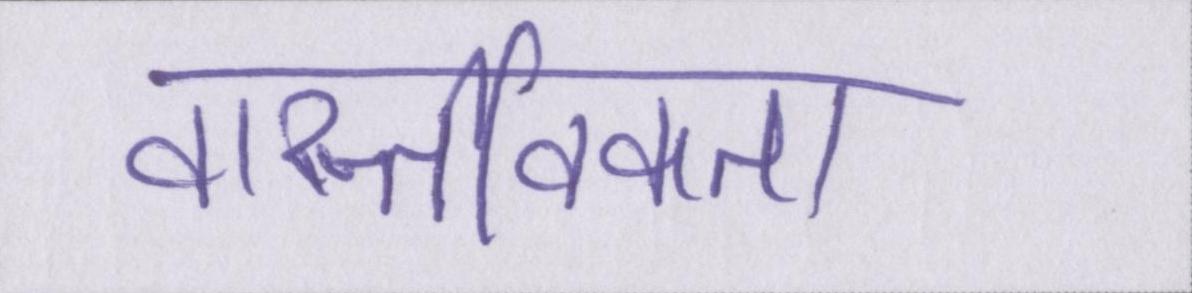
वास्तविकता